65_HS1-834228961_62-HQ-83894_SUB_A
Agency: FBI
Page 29
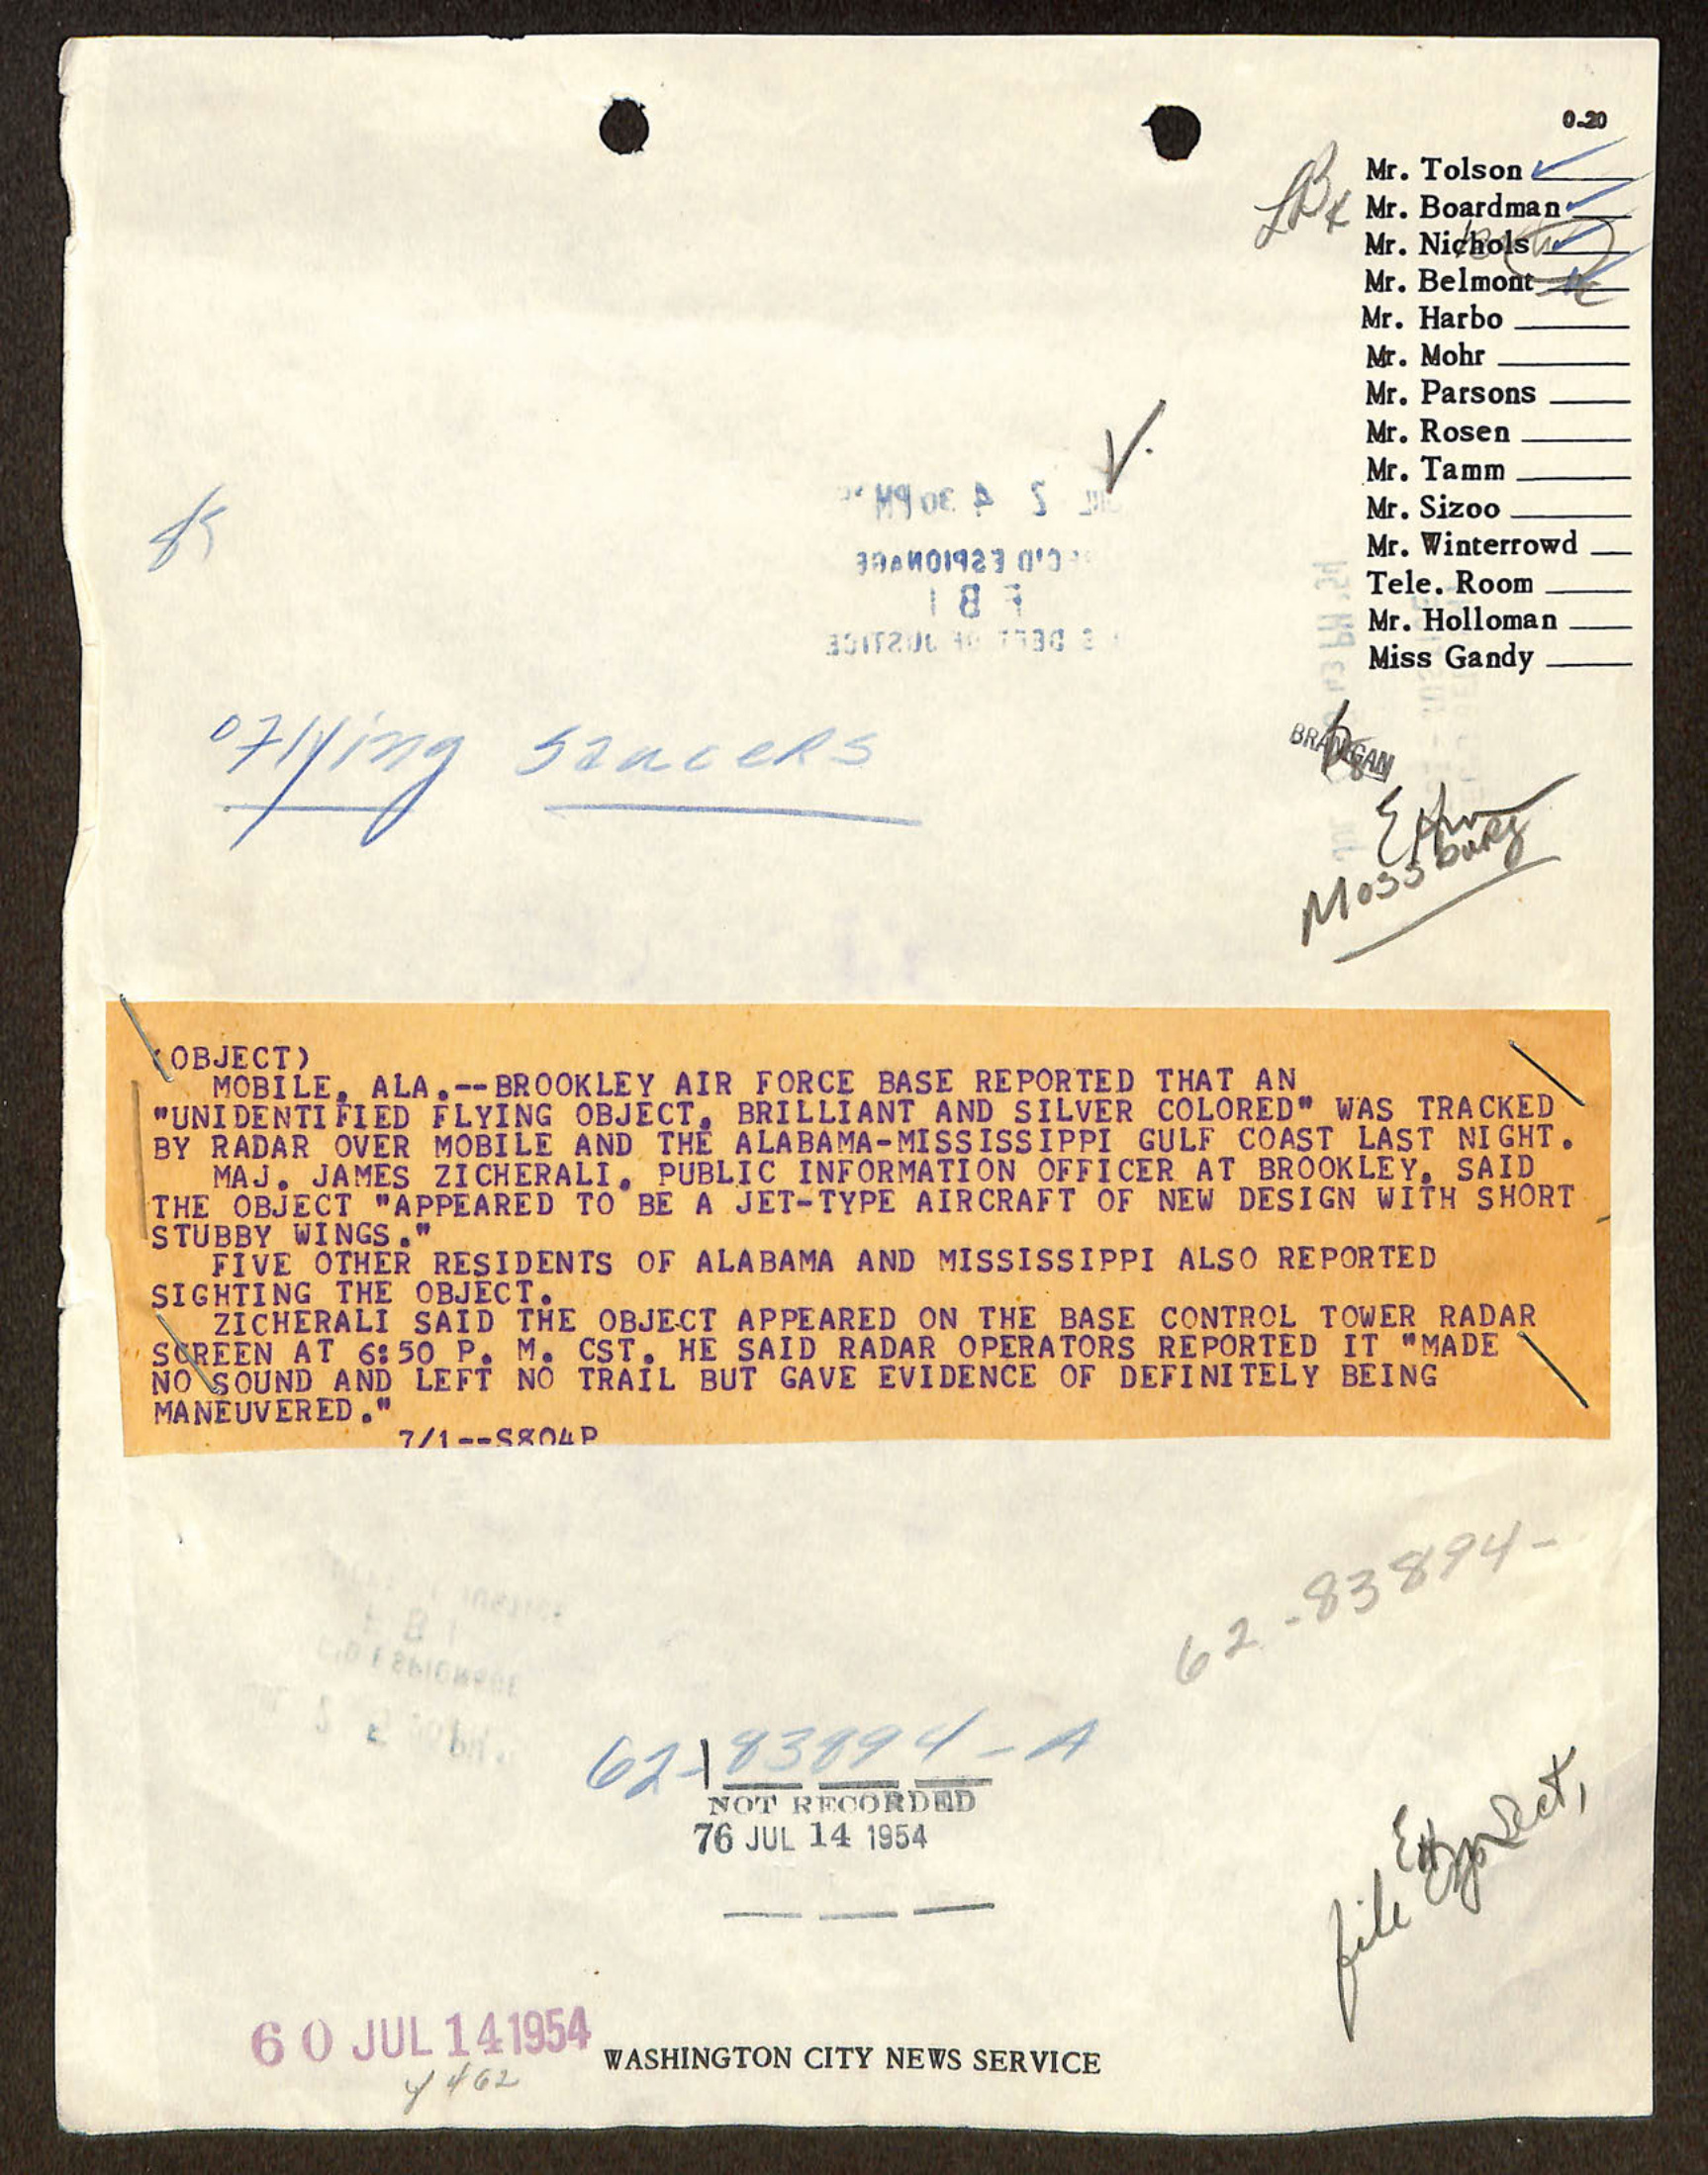